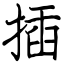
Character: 插